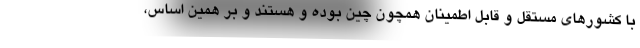
با کشورهای مستقل و قابل اطمینان همچون چین بوده و هستند و بر همین اساس،